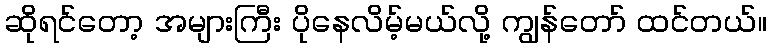
ဆိုရင်တော့ အများကြီး ပိုနေလိမ့်မယ်လို့ ကျွန်တော် ထင်တယ်။